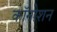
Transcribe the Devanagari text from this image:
कॉनोशन